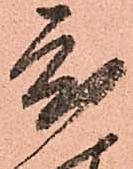
度